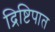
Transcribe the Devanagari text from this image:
द्रिष्टिपात